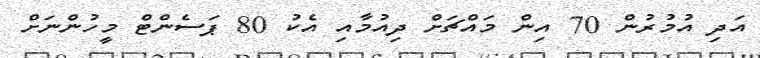
އަދި އުމުރުން 70 އިން މައްޗަށް ދިއުމާއި އެކު 80 ޕަސެންޓް މީހުންނަށް